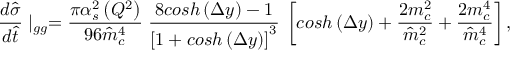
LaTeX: \frac { d \hat { \sigma } } { d \hat { t } } \mid _ { g g } = \frac { \pi \alpha _ { s } ^ { 2 } \left( Q ^ { 2 } \right) } { 9 6 \hat { m } _ { c } ^ { 4 } } \; \frac { 8 c o s h \left( \Delta y \right) - 1 } { \left[ 1 + c o s h \left( \Delta y \right) \right] ^ { 3 } } \: \left[ c o s h \left( \Delta y \right) + \frac { 2 m _ { c } ^ { 2 } } { \hat { m } _ { c } ^ { 2 } } + \frac { 2 m _ { c } ^ { 4 } } { \hat { m } _ { c } ^ { 4 } } \right] ,